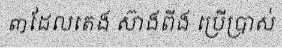
៣ដែលតេង ស៊ាងពីង ប្រើប្រាស់